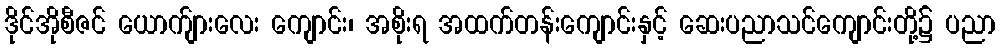
ဒိုင်အိုစီဇင် ယောက်ျားလေး ကျောင်း၊ အစိုးရ အထက်တန်းကျောင်းနှင့် ဆေးပညာသင်ကျောင်းတို့၌ ပညာ